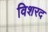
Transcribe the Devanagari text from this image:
विशरद